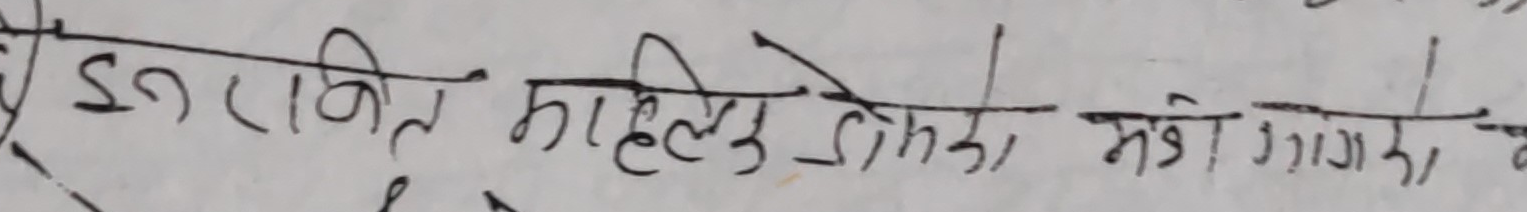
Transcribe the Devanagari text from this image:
इन रहित माहेलु जिम्रो संग गएको